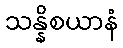
သန္နိစယာနံ